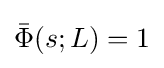
{\bar {\Phi }}(s;L)=1